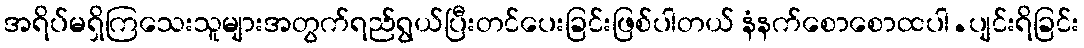
အရိပ်မရှိကြသေးသူများအတွက်ရည်ရွယ်ပြီးတင်ပေးခြင်းဖြစ်ပါတယ် နံနက်စောစောထပါ.ပျင်းရိခြင်း